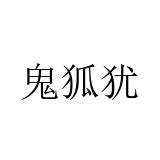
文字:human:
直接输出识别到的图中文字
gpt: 鬼狐犹